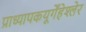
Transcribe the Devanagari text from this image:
प्राध्यापकयूर्गेंहेश्लेर